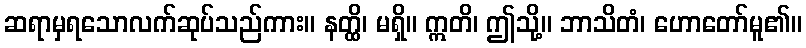
ဆရာမှရသောလက်ဆုပ်သည်ကား။ နတ္ထိ၊ မရှိ။ ဣတိ၊ ဤသို့။ ဘာသိတံ၊ ဟောတော်မူ၏။